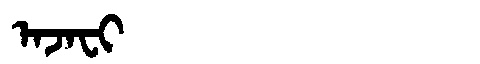
Manchu: ᠠᠵᠠᠸᡳ
Romanization: AJAFI